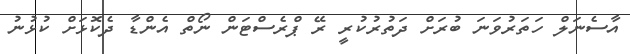
އާސެނަލް ހަތަރުވަނަ ބުރަށް ދަތުރުކުރީ ރޭ ޕްރެސްޓަން ނޯތް އެންޑާ ދެކޮޅަށް ކުޅުނު